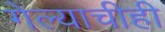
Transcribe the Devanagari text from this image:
गेल्याचीही